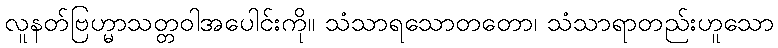
လူနတ်ဗြဟ္မာသတ္တဝါအပေါင်းကို။ သံသာရသောတတော၊ သံသာရာတည်းဟူသော